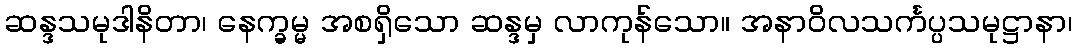
ဆန္ဒသမုဒါနိတာ၊ နေက္ခမ္မ အစရှိသော ဆန္ဒမှ လာကုန်သော။ အနာဝိလသင်္ကပ္ပသမုဋ္ဌာနာ၊